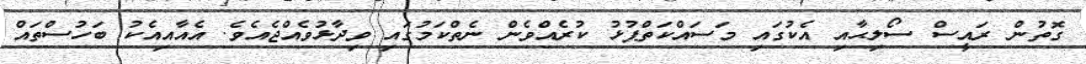
ގޮތުން ރައީސް ސޯލިޙާއި އެކުގައި މަސައްކަތްޕުޅު ކުރެއްވެން ނެތްކަމުގައި ވިދާޅުވެއްޖެއެވެ. އެއާއިއެކު ބަހުސްތައް